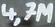
Text: 4,7M